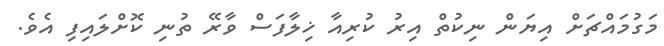
މަގުމައްޗަށް އިޔަން ނިކުތް އިރު ކުރިއާ ޚިލާފަސް ވާރޭ ތުނި ކޮށްލައިފި އެވެ.